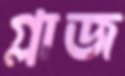
গ্লাজ